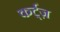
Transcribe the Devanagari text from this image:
कर्ट्ज़